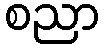
စညာ